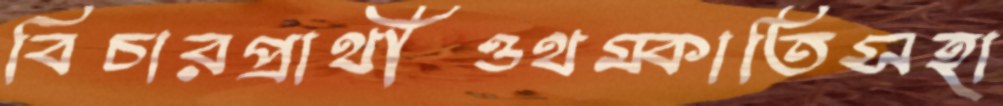
বিচারপ্রার্থীওথম্‌কাতিসহা